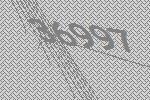
36997